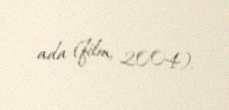
ada (film, 2004).